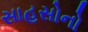
સાહસોનો